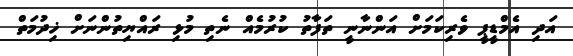
އަދި އެމްޑީޕީ ވެރިކަމަށް އަންނާނީ ތަފާތު ކުރުމެއް ނެތި މުޅި ރައްޔިތުންނަށް ޚިދުމަތް